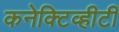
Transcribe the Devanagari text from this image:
कनेक्टिव्हीटी